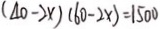
( 4 0 - 2 x ) ( 6 0 - 2 x ) = 1 5 0 0